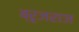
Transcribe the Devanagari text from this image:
ब्रृजराज